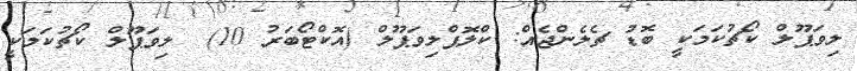
ލިވަޕޫލް ކޯޗުކަމަކީ ބޮޑު ޗެލެންޖެއް: ކްލޮޕްލިވަޕޫލް (އޮކްޓޯބަރު 10)  ލިވަޕޫލް ކޯޗުކަމަކީ